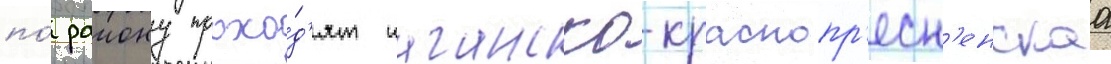
по́ раиону прохо́д'ят таганско-краснопр'есн'енскаа